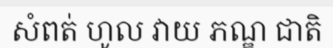
សំពត់ ហូល វាយ ភណ្ឌ ជាតិ